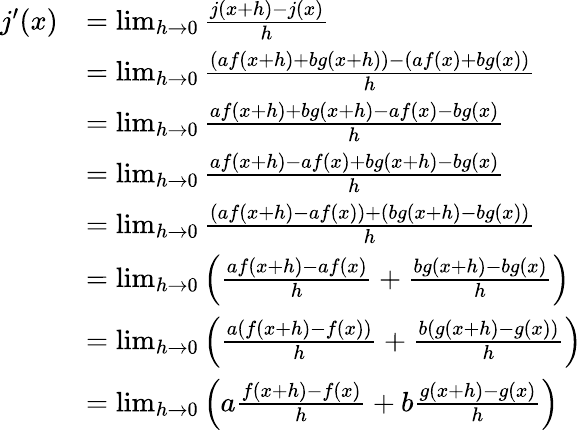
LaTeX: {\begin{array}{rl}{j^{\prime}(x)}&{=\operatorname*{lim}_{h\rightarrow 0}{\frac{j(x+h)-j(x)}{h}}}\\ &{=\operatorname*{lim}_{h\rightarrow 0}{\frac{\left(af(x+h)+bg(x+h)\right)-\left(af(x)+bg(x)\right)}{h}}}\\ &{=\operatorname*{lim}_{h\rightarrow 0}{\frac{af(x+h)+bg(x+h)-af(x)-bg(x)}{h}}}\\ &{=\operatorname*{lim}_{h\rightarrow 0}{\frac{af(x+h)-af(x)+bg(x+h)-bg(x)}{h}}}\\ &{=\operatorname*{lim}_{h\rightarrow 0}{\frac{(af(x+h)-af(x))+(bg(x+h)-bg(x))}{h}}}\\ &{=\operatorname*{lim}_{h\rightarrow 0}\left({\frac{af(x+h)-af(x)}{h}}+{\frac{bg(x+h)-bg(x)}{h}}\right)}\\ &{=\operatorname*{lim}_{h\rightarrow 0}\left({\frac{a(f(x+h)-f(x))}{h}}+{\frac{b(g(x+h)-g(x))}{h}}\right)}\\ &{=\operatorname*{lim}_{h\rightarrow 0}\left(a{\frac{f(x+h)-f(x)}{h}}+b{\frac{g(x+h)-g(x)}{h}}\right)}\end{array}}